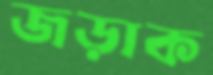
জড়াক